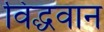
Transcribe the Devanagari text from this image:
विद्धवान